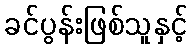
ခင်ပွန်းဖြစ်သူနှင့်